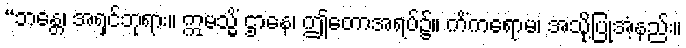
“ဘန္တေ၊ အရှင်ဘုရား။ ဣမသ္မိံ ဌာနေ၊ ဤတောအရပ်၌။ ကိံကရောမ၊ အသို့ပြုအံ့နည်း။